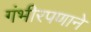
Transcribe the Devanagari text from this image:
गंभीरपणाने